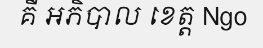
គឺ អភិបាល ខេត្ត Ngo